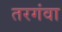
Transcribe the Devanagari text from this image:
तरगंवा